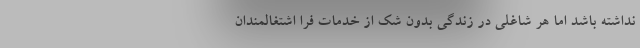
نداشته باشد اما هر شاغلی در زندگی بدون شک از خدمات فرا اشتغالمندان